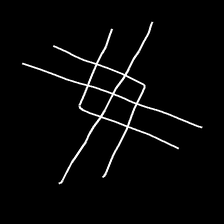
Glyph: crystal